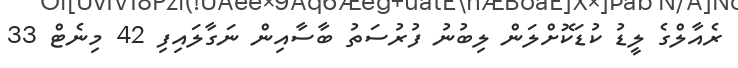
ރެއާލްގެ ލީޑު ކުޑަކޮށްލަން ލިބުނު ފުރުސަތު ބާސާއިން ނަގާލައިފި 42 މިނެޓް 33